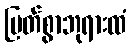
မြတ်စွာဘုရားထံ